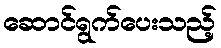
ဆောင်ရွက်ပေးသည့်